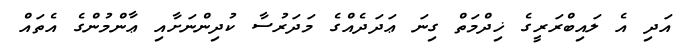
އަދި އެ ލައިބްރަރީގެ ޚިދްމަތް ގިނަ ޢަދަދެއްގެ މަދަރުސާ ކުދިންނަށާއި ޢާންމުންގެ އެތައް